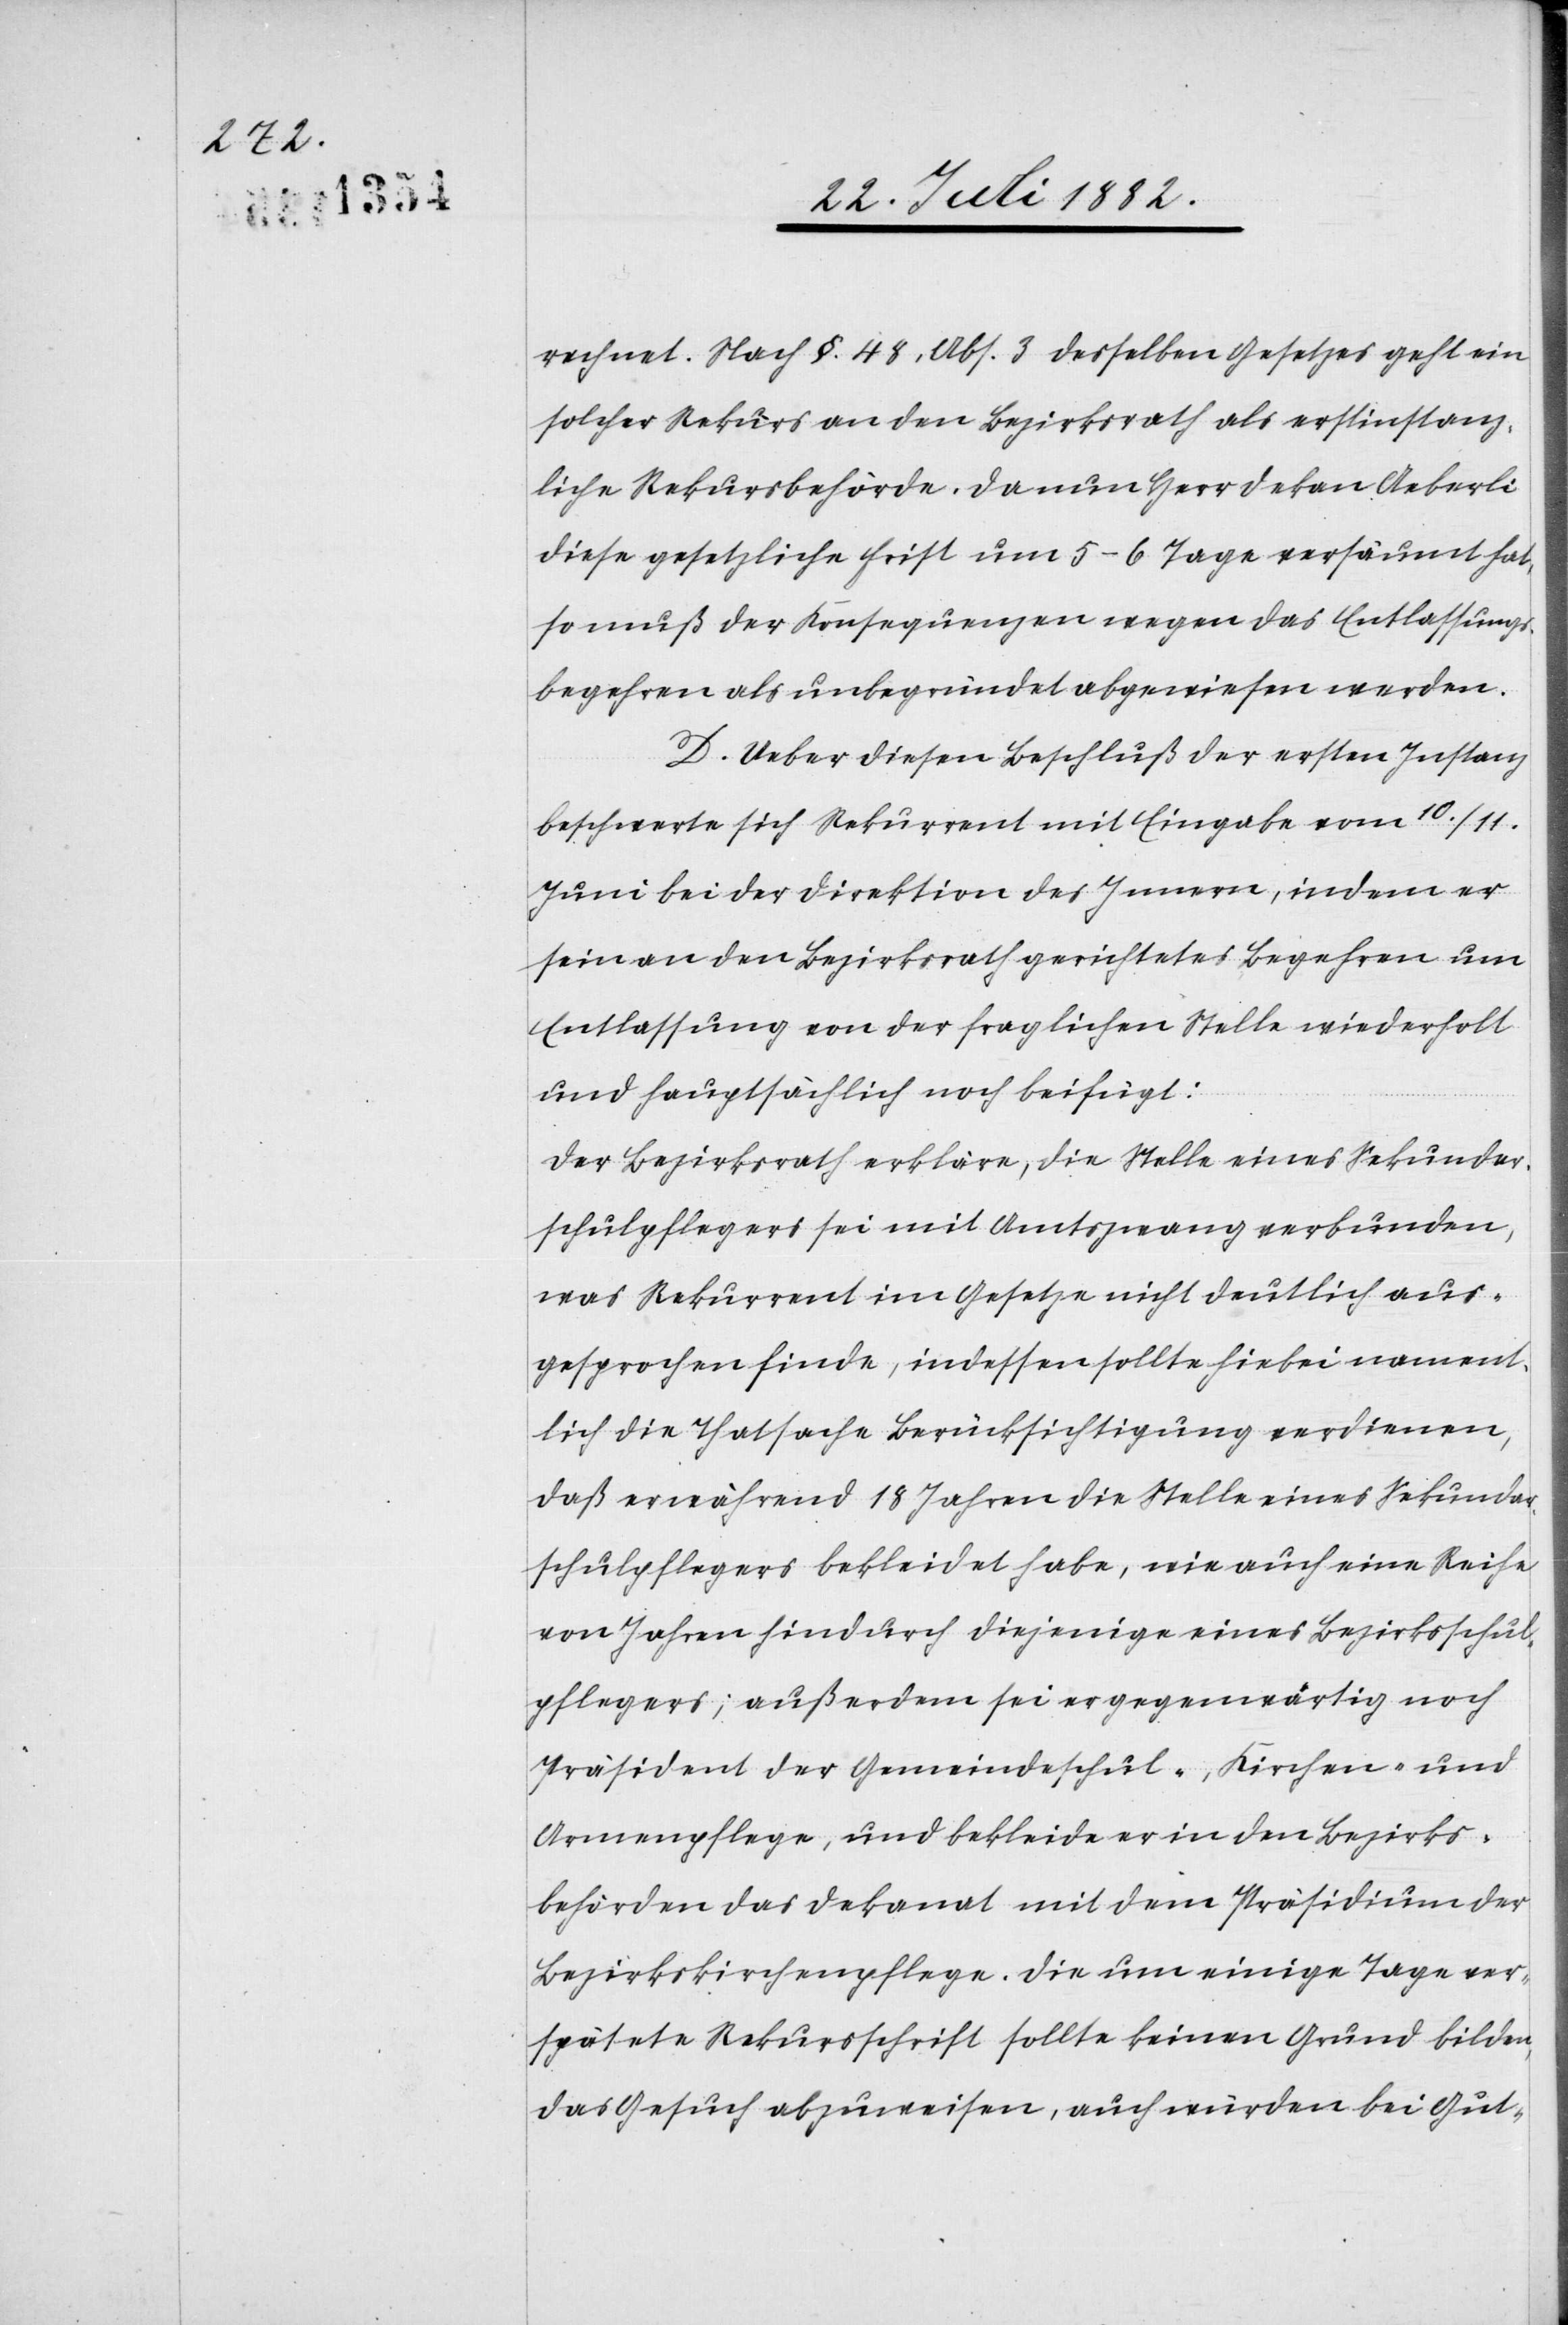
rechnet. Nach §. 48, Abs. 3 desselben Gesetzes geht ein
solcher Rekurs an den Bezirksrath als erstinstanz¬
liche Rekursbehörde. Da nun Herr Dekan Aeberli
diese gesetzliche Frist um 5–6 Tage versäumt hat,
so muß der Konsequenzen wegen das Entlassungs¬
begehren als unbegründet abgewiesen werden.
D. Ueber diesen Beschluß der ersten Instanz
beschwerte sich Rekurrent mit Eingabe vom 10./11.
Juni bei der Direktion des Innern, indem er
sein an den Bezirksrath gerichtetes Begehren um
Entlassung von der fraglichen Stelle wiederholt
und hauptsächlich noch beifügt:
Der Bezirksrath erkläre, die Stelle eines Sekundar¬
schulpflegers sei mit Amtszwang verbunden,
was Rekurrent im Gesetze nicht deutlich aus¬
gesprochen finde, indessen sollte hiebei nament¬
lich die Thatsache Berücksichtigung verdienen,
daß er während 18 Jahren die Stelle eines Sekundar¬
schulpflegers bekleidet habe, wie auch eine Reihe
von Jahren hindurch diejenige eines Bezirksschul¬
pflegers; außerdem sei er gegenwärtig noch
Präsident der Gemeindeschul-, Kirchen- und
Armenpflege, und bekleide er in den Bezirks¬
behörden das Dekanat mit dem Präsidium der
Bezirkskirchenpflege. Die um einige Tage ver¬
spätete Rekursschrift sollte keinen Grund bilden,
das Gesuch abzuweisen, auch würden bei Gut-